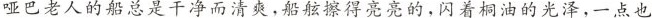
哑巴老人的船总是干净而清爽，船舷擦得亮亮的，闪着桐油的光泽，一点也